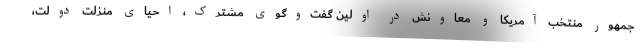
جمهور منتخب آمریکا و معاونش در اولین گفت‌وگوی مشترک، احیای منزلت دولت،